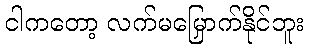
ငါကတော့ လက်မမြှောက်နိုင်ဘူး